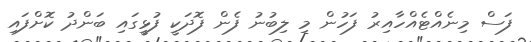
ފަސް މިނެއްޓެއްހާއިރު ފަހުން މި ލިބުނު ފެން ފޮދަކީ ފުޅީގައި ބަންދު ކޮށްފައި